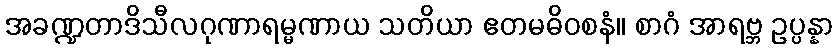
အခဏ္ဍတာဒိသီလဂုဏာရမ္မဏာယ သတိယာ ဧတမဓိဝစနံ။ စာဂံ အာရဗ္ဘ ဥပ္ပန္နာ